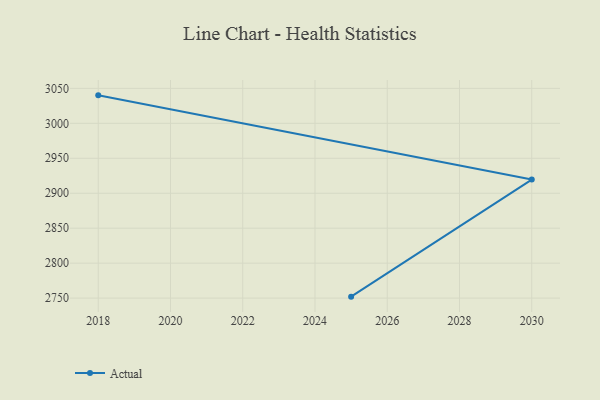
{"axis": {"x": "Year", "y": "Backlog"}, "legend": ["Actual"], "data": [{"x": "2025", "y": 2752.1, "type": "Actual"}, {"x": "2030", "y": 2919.5, "type": "Actual"}, {"x": "2018", "y": 3040.0, "type": "Actual"}]}